Vital statistics of India. Vol. IV, Annual returns from 1871 to 1876. British Army of India, Native Army and jails of Bengal
Year: 1871
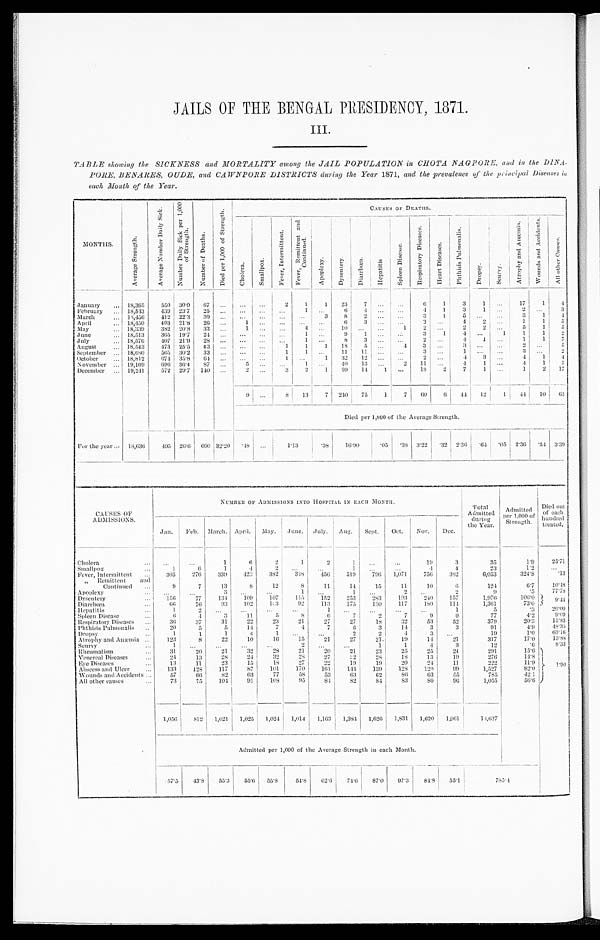
JAILS OF THE BENGAL PRESIDENCY, 1871.
III.
TABLE showing the SICKNESS and MORTALITY among the JAIL POPULATION in CHOTA NAGPORE, and in the DINA-
PORE, BENARES, OUDE, and CAWNPORE DISTRICTS during the Year 1871, and the prevalence of the principal Diseases in
each Month of the Year.
M O N T H S .
A v e r a g e S t r e n g t h .
A v e r a g e N u m b e r D a i l y S i c k . N u m b e r D a i l y S i c k p e r 1 , 0 0 0 o f S t r e n g t h .
N u m b e r o f D e a t h s .
D i e d p e r 1 , 0 0 0 o f S t r e n g t h .
C A U S E S O F D E A T H S .
C h o l e r a . S m a l l p o x .
F e v e r , I n t e r m i t t e n t .
F e v e r , R e m i t t e n t a n d C o n t i n u e d .
A p o p l e x y .
D y s e n t e r y .
D i a r r h œ a .
H e p a t i t i s .
S p l e e n D i s e a s e .
R e s p i r a t o r y D i s e a s e s .
H e a r t D i s e a s e s .
P h t h i s i s P u l m o n a l i s .
D r o p s y .
S c u r v y .
A t r o p h y a n d A n æ m i a .
W o u n d s a n d A c c i d e n t s .
A l l o t h e r C a u s e s .
January
. . . 18,365
550 30.0 67 ...
...
. . .
2
1
1
23
7 . . .
. . .
6
1
3
1
. . .
1 7
1
4
February
. . . 18,543
4 3 9
2 3 . 7
2 5 . . .
. . .
. . .
...
1
. . .
6
4 . . .
. . .
4
1
3
1
. . .
2
. . . 3
March
. . .
1 8 , 4 5 6
412
2 2 . 3 30
. . .
. . .
. . .
. . .
. . .
3
8
2 . . .
. . .
3
1
5
. . . ...
3
1
4
A p r i l
. . . 18,450
403 21.8
26 ...
1
. . .
. . .
. . .
. . . 6
3 . . .
. . .
3 ...
4
2
. . .
1
1
5
May
. . . 18,339
382 20.8 33 ...
1
. . .
. . .
4
. . . 10
. . .
. . .
1
2
. . .
2
2
. . .
5
1
5
June
. . . 18,513
365 19.7
2 4
. . .
. . .
. . .
. . .
1
. . .
9
1
. . .
. . .
3
1
4
. . .
1
1
1
2
July
. . . 18,576
407 21.9
2 8 . . .
. . .
. . .
. . .
1
. . .
8
3
. . .
. . .
2
. . .
4
1
...
1
1
7
August
. . .
1 8 , 5 4 3
4 7 3 25.5
43 ...
...
...
1
1
1
18
5 ...
4
3 ...
3
. . .
. . .
2
. . .
5
September
. . . 18,680
565 30.2 33
. . .
. . .
. . .
1
1
. . .
1 1
1 1...
. . .
3
. . .
1
. . .
. . .
3 ...
2
October
. . . 18,812
6 7 4
3 5 . 8
6 4 ...
...
...
1
...
1
32
12
...
. . .
2
. . .
4
3 ...
4
1
4
November
. . . 19,109
6 9 6
3 6 . 4
8 7 ...
5
. . .
. . .
1
. . . 40
13
...
2
1 1 ...
4
1 ...
4
1
5
December ... 19,241
572
2 9 . 7
1 4 0
. . .
2
. . .
3
2
1
69
1 4
1
. . .
18
2
7
1
...
1
2
1 7
9 . . .
8
13
7 240
75
1
7
60
6
4 4
1 2 1
4 4
1 0
6 3
Died per 1,000 of the Average Strength.
For the year ... 18,636
4 9 5
2 6 . 6
6 0 0
3 2 . 2 0
. 4 8
. . .
1 . 1 3
. 3 8
1 6 . 9 0
.05 .38
3 . 2 2 .32
2 . 3 6
. 6 4 . 05
2 . 3 6
. 5 4
3 . 3 9
CAUSES OF
ADMISSIONS.
NUMBER OF ADMISSIONS INTO HOSPITAL IN EACH MONTH.
T o t a l Ad mi t t e d d u r i n g t h e Ye a r .
A d m i t t e d p e r 1 , 0 0 0 o f S t r e n g t h .
Di e d out of e a c h hundr e d t r e a t e d.
Jan.
Feb. March. April.
May.
June.
J u l y .
A u g .
Sept.
Oct.
Nov.
Dec.
Cholera
. . .
. . .
...
1
6
2
1
2
1
. . .
...
19
3
35
1.9
2 5 . 7 1
Smallpox
...
1
6
1
4
2
. . . ...
1
. . . ...
4
4
23
1 . 2
. . .
Fever, Intermittent
...
3 0 5
276
339
423
382
348
4 5 6
519
796 1,071
756
382
6,053
3 2 4 . 8
.13
, , R e m i t t e n t a n d C o n t i n u e d . . .
9
7
13
8
12
8
11
14
15
11
10
6
124
6 . 7
1 0 . 4 8
Apoplexy
...
...
. . .
3
...
...
1
. . .
1
...
2
. . .
2
9
.5
7 7 . 7 8
Dysentery
...
1 5 6
. 7 7
134
1 0 9
107
115
1 5 2
253
283
193
240
157
1 , 9 7 6
1 0 6 . 0
9 . 4 4
Diarrhœa
. . .
6 6
7 6
9 3
102
1 0 3
92
1 1 3
175
130
117
1 8 0
1 1 4
1,361
73.0
Hepatitis
. . .
1
2
. . . ...
...
...
1
. . .
. . .
. . .
. . .
1
5
.3
2 0 . 0 0
Spleen Disease
. . .
6
4
3
11
5
8
6
7
2
7
9
9
77
4 . 2
9.09
Respiratory Diseases
. . .
36
37
31
22
23
21
27
27
18
32
53
52
379
20.3
1 5 . 8 3
Phthisis Pulmonalis
. .
20
5
5
14
7
4
7
6
3
1 4
3
3
91
4 . 9
4 8 . 3 5
Dropsy
. . .
1
1
1
4
1 ...
. . .
2
2
4
3
...
1 9
1 . 0
63.16
Atrophy and Anæmia
. . .
123
8
22
10
16
15
21
27
2 1
19
14
21
317
1 7 . 0
1 3 . 8 8
Scurvy
. . .
1
. . .
. . .
. . .
. . .
2
. . .
. . .
1
1
4
3
12
. 6
8 . 3 3
Rheumatism
. . .
31
20
21
32
28
2 1
20
21
23
25
25
24
2 9 1
1 5 . 6
1 . 9 0
Venereal Diseases
...
24
1 3
28
24
32
2 8
2 7
2 2
28
18
13
1 9
276
1 4 . 8
Eye Diseases
...
13
11
23
15
18
2 7
22
19
19
20
24
11
222
1 1 . 9
Abscess and Ulcer
...
133
128
117
87
1 0 1
1 7 0
1 6 1
1 4 4
139
1 2 8
1 2 0
99
1,527
8 2 . 0
Wounds and Accidents . . .
57
6 6
82
63
77
5 8
5 3
63
62
8 6
6 3
5 5
785
4 2 . 1
All other causes
. . .
7 3
75
104
91
1 0 8
9 5
8 4
8 2
8 4
83
80
9 6
1 , 0 5 5
5 6 . 6
1,056
812
1,021
1,025
1,024 1,014
1,163
1,384
1,626
1,831
1,620
1 , 0 6 1
14,637
Admitted per 1,000 of the Average Strength in each Month.
5 7 . 5
4 3 . 8
5 5 . 3
5 5 . 6 55.8
54.8
62.6
74.6
87.0
97.3
8 4 . 8
5 5 . 1
7 8 5 . 4